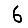
Digit: 6